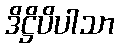
ဒိဋ္ဌိပိပါသာ